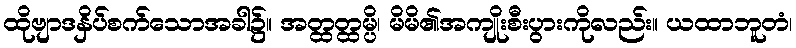
ထိုဗျာဒနှိပ်စက်သောအခါ၌။ အတ္ထတ္ထမ္ပိ၊ မိမိ၏အကျိုးစီးပွားကိုလည်း။ ယထာဘူတံ၊